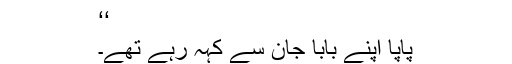
‘‘
پاپا اپنے بابا جان سے کہہ رہے تھے۔